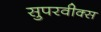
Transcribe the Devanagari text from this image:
सुपरवीक्स